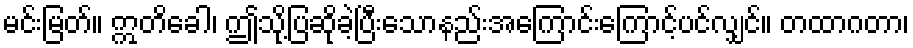
မင်းမြတ်။ ဣတိခေါ၊ ဤသို့ပြဆိုခဲ့ပြီးသောနည်းအကြောင်းကြောင့်ပင်လျှင်။ တထာဂတာ၊